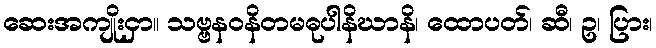
ဆေးအကျိုးငှာ။ သဗ္ဗနဝနိတမဓုပါနိဃာနိ၊ ထောပတ်၊ ဆီ၊ ဥ၊ ပြား၊